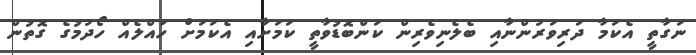
ނަގާތީ އެކަމާ ދަރިވަރުންނާއި ބެލެނިވެރިން ކަންބޮޑުވާތީ ކަމަށާއި އެކަމަށް ހައްލެއް ހޯދުމުގެ ގޮތުން